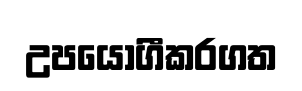
උපයෝගීකරගත